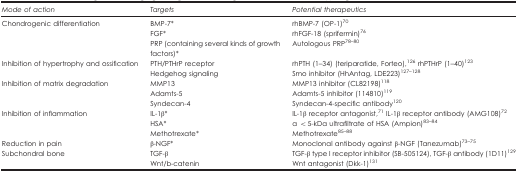
<table><thead><tr><td><b><i>Mode of action</i></b></td><td><b><i>Targets</i></b></td><td><b><i>Potential therapeutics</i></b></td></tr></thead><tbody><tr><td>Chondrogenic differentiation</td><td>BMP-7*FGF*PRP (containing several kinds of growth factors)*</td><td>rhBMP-7 (OP-1)<sup>70</sup>rhFGF-18 (sprifermin)<sup>76</sup>Autologous PRP<sup>78–80</sup></td></tr><tr><td>Inhibition of hypertrophy and ossification</td><td>PTH/PTHrP receptorHedgehog signaling</td><td>rhPTH (1–34) (teriparatide, Forteo),<sup>126</sup> rhPTHrP (1–40)<sup>123</sup>Smo inhibitor (HhAntag, LDE223)<sup>127,128</sup></td></tr><tr><td>Inhibition of matrix degradation</td><td>MMP13Adamts-5Syndecan-4</td><td>MMP13 inhibitor (CL82198)<sup>118</sup>Adamts-5 inhibitor (114810)<sup>119</sup>Syndecan-4-specific antibody<sup>120</sup></td></tr><tr><td>Inhibition of inflammation</td><td>IL-1β*HSA*Methotrexate*</td><td>IL-1β receptor antagonist,<sup>71</sup> IL-1β receptor antibody (AMG108)<sup>72</sup>a &lt;5-kDa ultrafiltrate of HSA (Ampion)<sup>83,84</sup>Methotrexate<sup>85–88</sup></td></tr><tr><td>Reduction in pain</td><td>β-NGF*</td><td>Monoclonal antibody against β-NGF (Tanezumab)<sup>73–75</sup></td></tr><tr><td>Subchondral bone</td><td>TGF-βWnt/b-catenin</td><td>TGF-β type I receptor inhibitor (SB-505124), TGF-β antibody (1D11)<sup>129</sup>Wnt antagonist (Dkk-1)<sup>131</sup></td></tr></tbody></table>